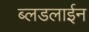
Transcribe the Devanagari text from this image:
ब्लडलाईन